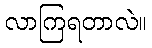
လာကြရတာလဲ။